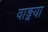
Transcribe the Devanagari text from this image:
वाङ्मया